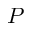
P